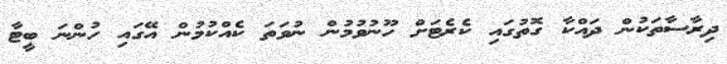
ދިރާސާތަކުން ދައްކާ ގޮތުގައި ކެރެޓަށް ހޫނުވުމުން ނުވަތަ ކެއްކުމުން އޭގައި ހުންނަ ބީޓާ